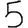
Digit: 5